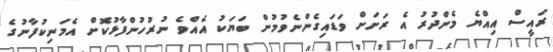
ރައީސް އިއްޔެ މެންދުރު އެ ރަށަށް ވަޑައިގެންނެވުމުން ބަޔަކު އެއްވެ ނުރުހުންފާޅުކޮށް އެމަނިކުފާނުގެ